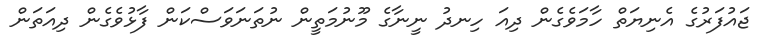
ޖައުފަރުގެ އެނިޔަތް ހާމަވެގެން ދިއަ ހިނދު ނީނާގެ މޫނުމަތީން ނުތަނަވަސްކަން ފާޅުވެގެން ދިއަތަން